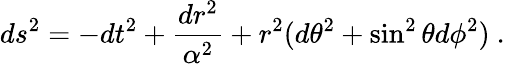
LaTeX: ds^{2}=-dt^{2}+\frac{dr^{2}}{\alpha^{2}}+r^{2}(d\theta^{2}+\sin^{2}\theta d\phi^{2})\ .